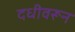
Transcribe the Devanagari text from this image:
दधीवरून